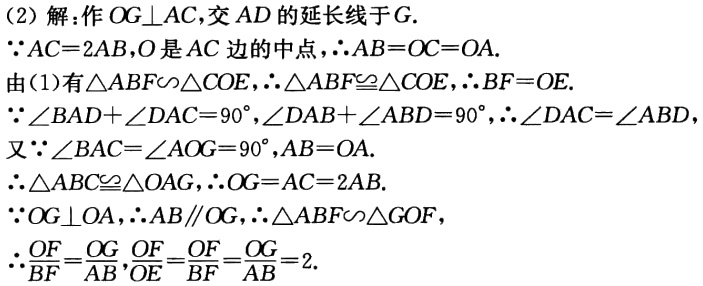
(2) 解: 作 \(OG\perp AC\), 交 \(AD\) 的延长线于 \(G\).

\(\because AC = 2AB\), \(O\) 是 \(AC\) 边的中点, \(\therefore AB=OC = OA\).

由(1)有 \(\triangle ABF\backsim\triangle COE\), \(\therefore\triangle ABF\cong\triangle COE\), \(\therefore BF = OE\).

\(\because\angle BAD+\angle DAC = 90^{\circ}\), \(\angle DAB+\angle ABD = 90^{\circ}\), \(\therefore\angle DAC=\angle ABD\).

又 \(\because\angle BAC=\angle AOG = 90^{\circ}\), \(AB = OA\).

\(\therefore\triangle ABC\cong\triangle OAG\), \(\therefore OG = AC = 2AB\).

\(\because OG\perp OA\), \(\therefore AB\parallel OG\), \(\therefore\triangle ABF\backsim\triangle GOF\),

\(\therefore\frac{OF}{BF}=\frac{OG}{AB}\), \(\frac{OF}{OE}=\frac{OF}{BF}=\frac{OG}{AB}=2\).